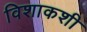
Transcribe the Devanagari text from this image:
विशाकशी